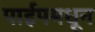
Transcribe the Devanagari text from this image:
पाईपमधून